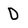
Character: 0